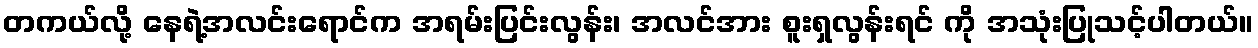
တကယ်လို့ နေရဲ့အလင်းရောင်က အရမ်းပြင်းလွန်း၊ အလင်အား စူးရှလွန်းရင် ကို အသုံးပြုသင့်ပါတယ်။